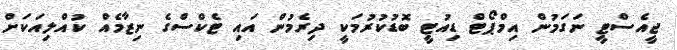
ޖީއެސްޓީ ނަގަމުން އިމްޕޯޓް ޑިއުޓީ ބޮޑުކުރުމަކީ ދިރެމުން އައި ޓެކްސްގެ ނިޒާމެއް ކުއްލިއަކަށް